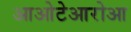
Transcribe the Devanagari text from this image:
आओटेआरोआ